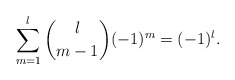
\begin{align*} \sum_{m=1}^l\binom{l}{m-1}(-1)^m=(-1)^l.\end{align*}